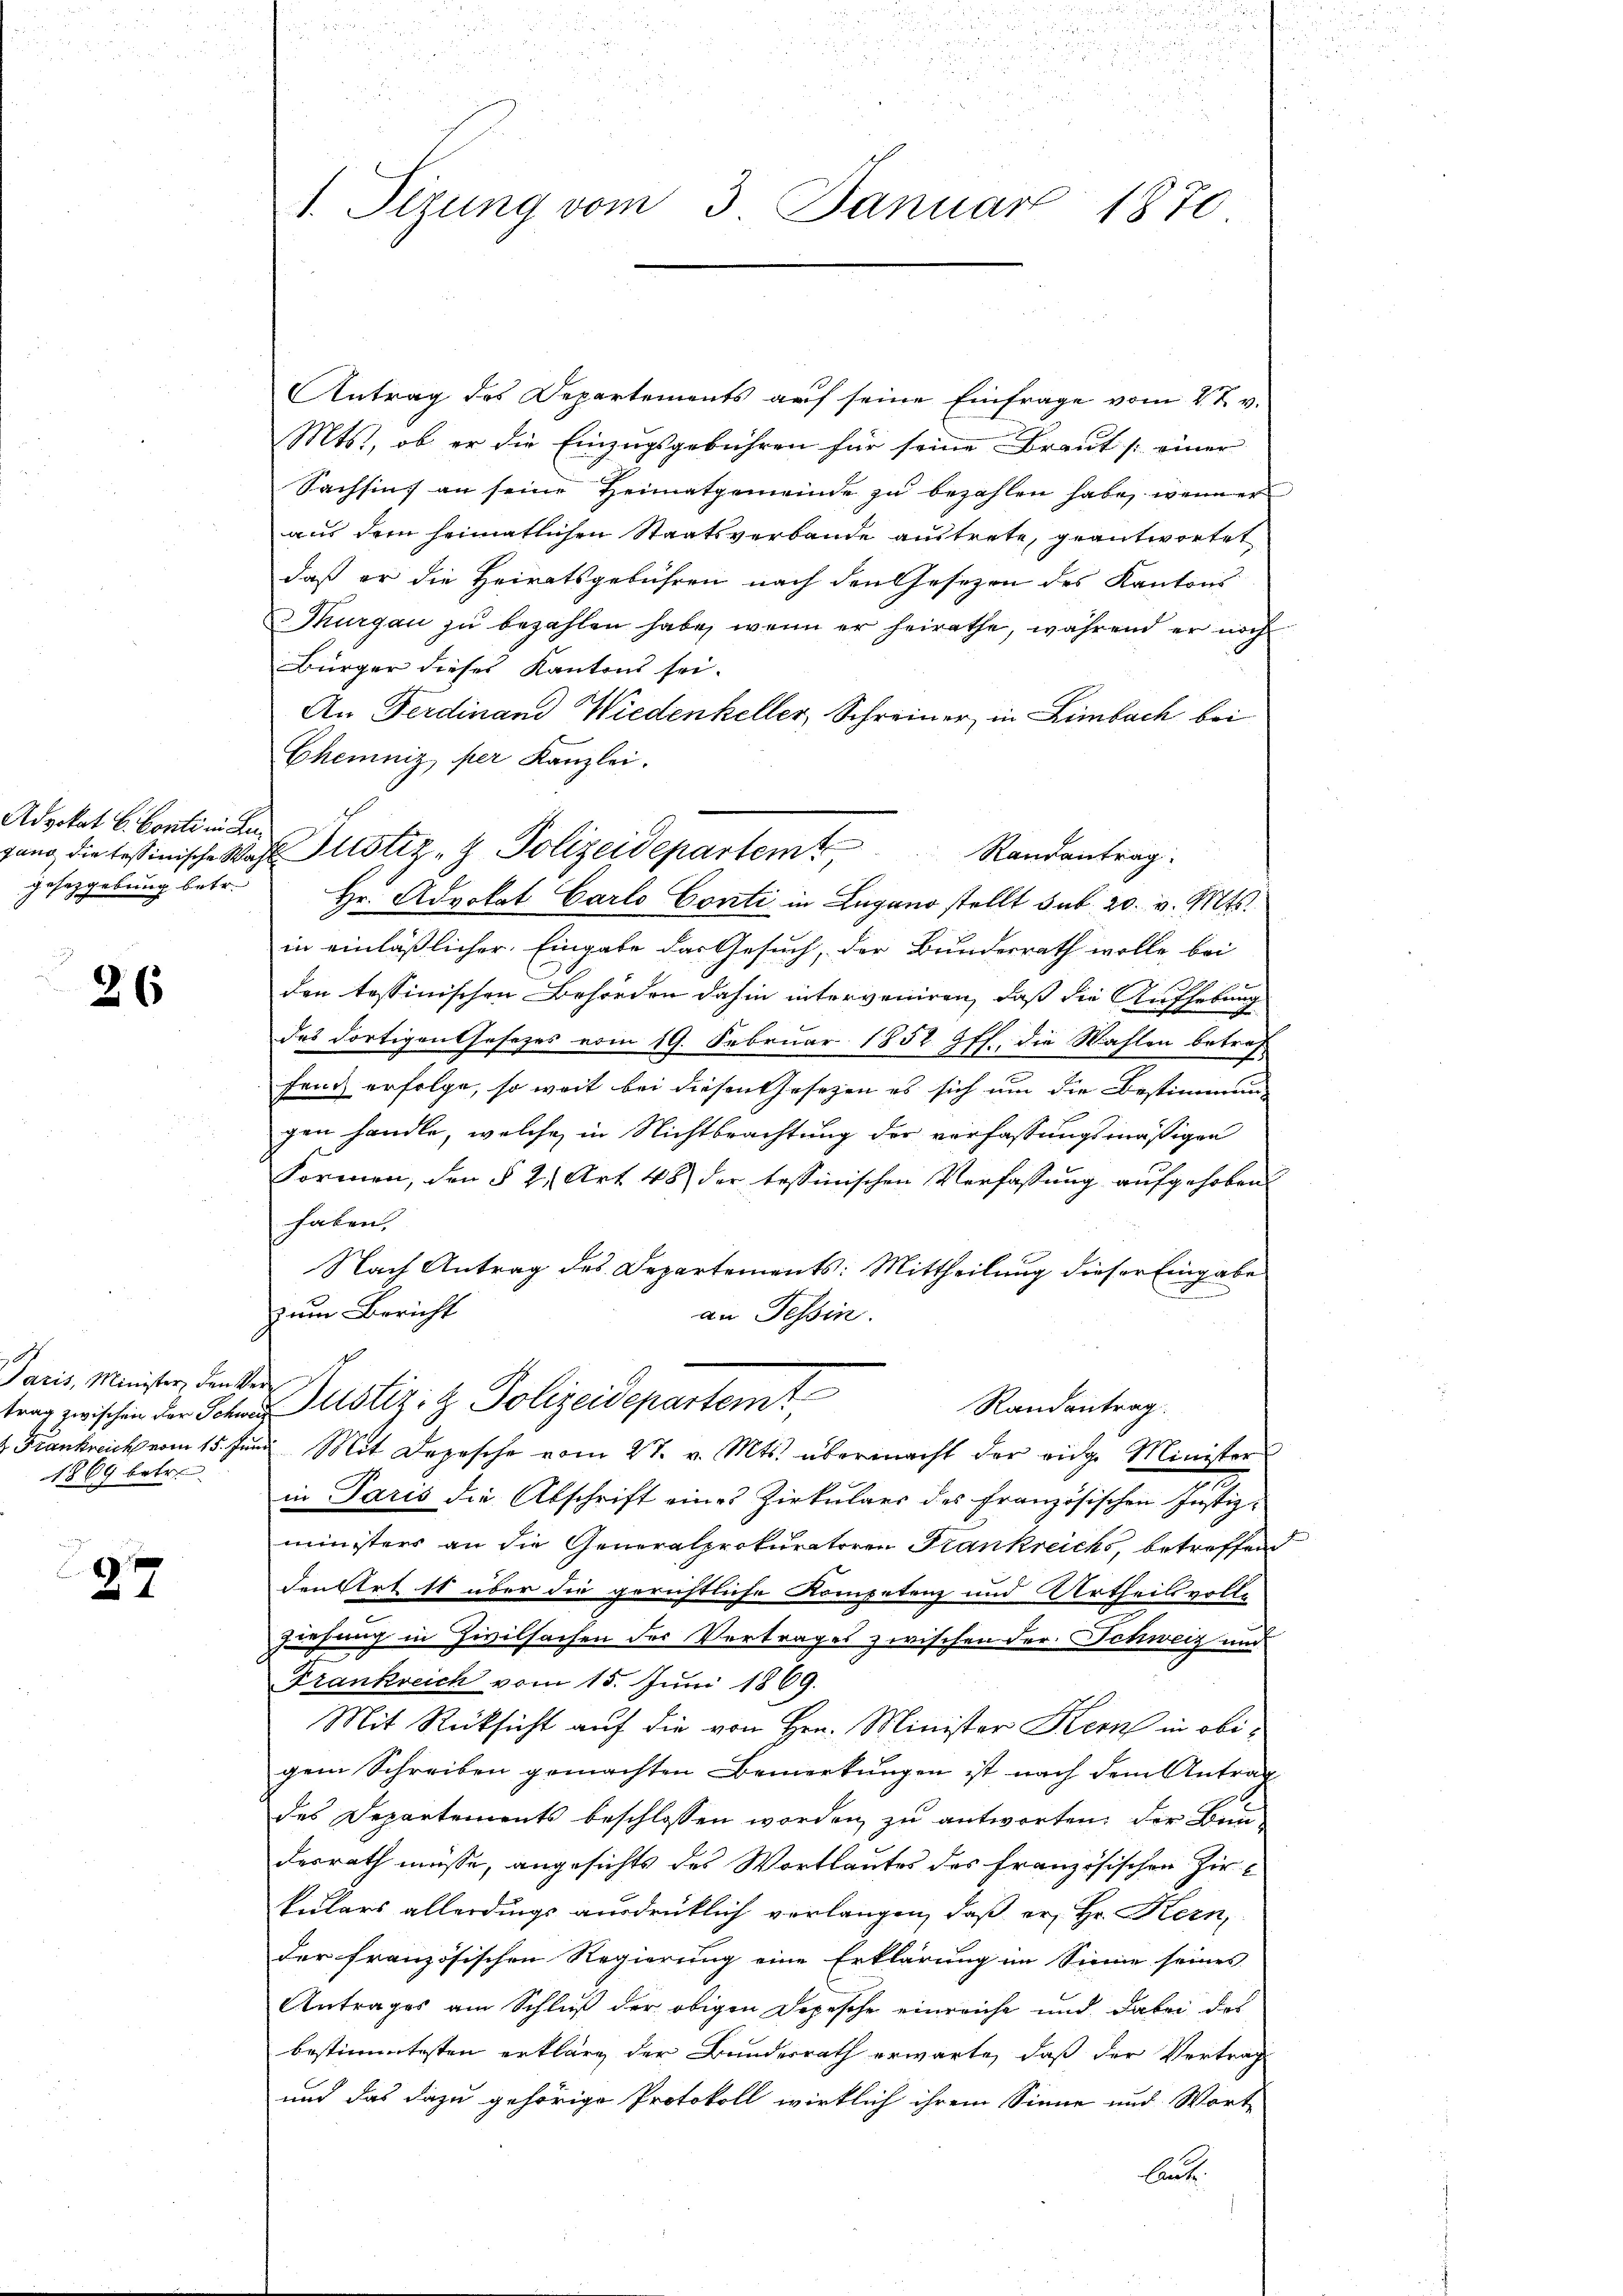
Advokat C. Conti nic
gesezgebung betr.

26

Paris, Minister, den
trag zwischen der Schn
2 Frankreich vom 15.
1869 betr.

27

.
u

1. Itzung vom 3. Januar 1870

Antrag des Departements auf seine Einfrage vom 2 t v.
Mts., ob er die Einzugsgebühren für seine Braut [ einer
Sachsint an seine Heimatgemeinde zu bezahlen habe, wenn er
aus dem heimatlichen Staatsverbande auftrete, geantwortet
daß er die Heiratsgebühren nach den Gesezen des Kantons
Thurgau zu bezahlen habe, wenn er heirathe, während er noch
Bürger dieses Kantons sei.
An Ferdinand Wiedenkeller, Schreiner in Limbach bei
Chemniz per Kanzlei.
Hr. Advokat Carlo Conti in Lugano stellt sub. 20. v. Mts.
in einläßlicher Eingabe das Gesuch, der Bundesrath wolle bei
den tessinischen Behörden dahin interveniren, daß die Aufhebung
des dortigenthesezes vom 19. Februar 1852 ff., die Wahlen betref-
fang erfolge, so weit bei diesen Gesetzen es sich um die Bestimmung
gen handle, welche in Nichtbrachtung der verfassungsmäßigen
Formen, den § 2, Art 48) der tessinischen Verfassung aufgehoben.
haben.
Nach Antrag des Departements: Mittheilung dieser Eingabe
zum Bericht
an Tessin.
s
Ver
Justiz- & Polizeidepartemt,
Randantrag.
und Mit Depesche vom 27. v. Mts. übermacht der eidg. Minister

in Paris die Abschrift eines Zirkulars des Französischen Justizministers an die Generalprokuratoren Frankreichs, betreffend
den Art 11 über die gerichtliche Kompetenz und Urtheilsvolle
Ziehung in Zivilsachen des Vertrages zwischen Der. Schweiz und
Frankreich vom 15. Juni 1869.
Mit Rücksicht auf die von Hrn. Minister Kern in obigem Schreiben gemachten Bemerkungen ist nach dem Antrag
des Departements beschlossen worden zu antworten: der Bein-
desrath müsse, angesichts des Wortlautes des französischen Zirkulars allerdings ausdrücklich verlangen, daß er Hr. Kern,
der französischen Regierung eine Erklärung im Sinne seines
Antrages am Schluß der obigen Depesche einreiche und dabei des
bestimmtesten erkläre der Bundesrath erwarte, daß der Vertrag
und das dazu gehörige Protokoll wirklich ihrem Sinne und Wort
Aut

2
tung die tessinische Wahl Pitstiz- & Polizeidepartem Randantrag